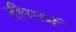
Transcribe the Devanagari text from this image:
दीपगर्भ